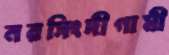
নরসিংদীগামী